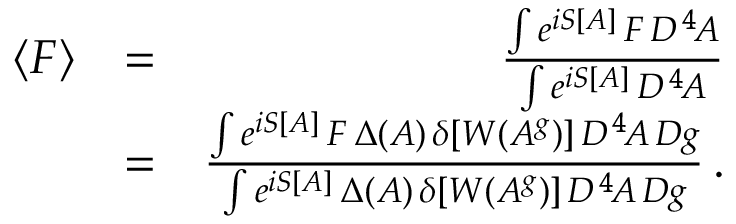
\begin{array} { r l r } { \langle F \rangle } & { = } & { { \frac { \int e ^ { i S [ A ] } \, F \, { \cal D } ^ { \, 4 } \! A } { \int e ^ { i S [ A ] } \, { \cal D } ^ { \, 4 } \! A } } } \\ & { = } & { { \frac { \int e ^ { i S [ A ] } \, F \, \Delta ( A ) \, \delta [ W ( A ^ { g } ) ] \, { \cal D } ^ { \, 4 } \! A \, { \cal D } g } { \int e ^ { i S [ A ] } \, \Delta ( A ) \, \delta [ W ( A ^ { g } ) ] \, { \cal D } ^ { \, 4 } \! A \, { \cal D } g } } \, . } \end{array}